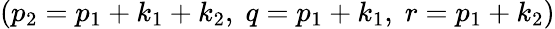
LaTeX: \left(p_{2}=p_{1}+k_{1}+k_{2},\; q=p_{1}+k_{1},\; r=p_{1}+k_{2}\right)